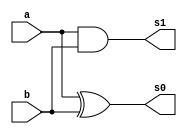
// ------------------------- 
// Exemplo0032 - SOMADOR ALGEBRICO
// Nome: Pedro Henrique Lima Pinheiro
// ------------------------- 

// -------------------------
//  somador
// -------------------------
module halfAdder (output s1, output s0, input a, input b);
	xor (s0, a, b);
	and (s1, a, b);
endmodule // halfAdder

module fullAdder (output carryOut, output s, input  a, input  b, input carryIn);
	wire s2,s1,s0;

// -------- Half Adder
	halfAdder HA1 (s1, s0, a, b);
	halfAdder HA2 (s2, s, s0, carryIn);
	
// --------- Porta OR	
	or            (carryOut, s1, s2);
	
endmodule // fullAdder

module somadorAg (output [3:0]s, output z, input [2:0]a, input [2:0]b, input carryIn);
	wire x1,x2,x3,ct1,ct2,ct3;

// -------- Portas xors	
	xor XOR1      (x1, b[0], carryIn);
	xor XOR2      (x2, b[1], carryIn);
	xor XOR3      (x3, b[2], carryIn);
	xor XOR4      (s[3], ct3, carryIn);
	
// --------- Full Adder	
	fullAdder FA1 (ct1, s[0], a[0], x1, carryIn);
	fullAdder FA2 (ct2, s[1], a[1], x2, ct1);
	fullAdder FA3 (ct3, s[2], a[2], x3, ct2);
	
// --------- Porta nor
	nor NOR1      (z, s[0], s[1], s[2], s[3]);
	
endmodule // somadorAg

module test_somadorAg;
// ------------------------- definir dados
   reg [2:0]x;
	reg [2:0]y;
	reg c;
	wire [3:0]soma;
	wire z;
	
	somadorAg somad (soma, z, x, y, c);
	
	initial begin: start
		x = 3'b000; 
		y = 3'b000;
		c = 1;
	end
	
// ------------------------- parte principal
   initial begin
      $display("Exemplo0032 - Pedro Henrique Lima Pinheiro - 451605");
      $display("Test ALU's somador algebrico");
      $monitor("%3b - %3b = %3b --- flag 0 = %b",x,y,soma,z); 
		repeat (7) begin
		#1 y = y + 1;  
		end
		repeat (7) begin
		#1 x = x + 1;
		end
   end
endmodule // test_somadorAg